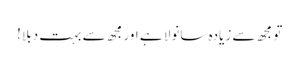
تو مجھ سے زیادہ سانولا ہے اور مجھ سے بہت دبلا !